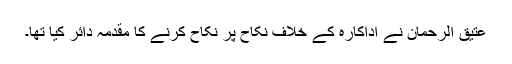
عتیق الرحمان نے اداکارہ کے خلاف نکاح پر نکاح کرنے کا مقدمہ دائر کیا تھا۔